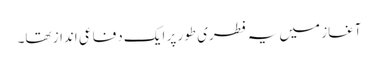
آغاز میں یہ فطری طور پر ایک دفاعی انداز تھا۔